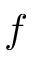
f